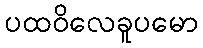
ပထဝိလေခူပမော